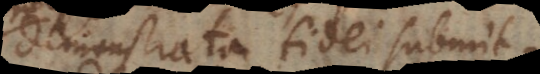
demonstrata fidei submittenda